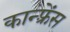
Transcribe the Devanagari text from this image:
कान्फ़्रेंस